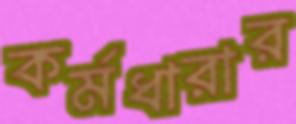
কর্মধারার